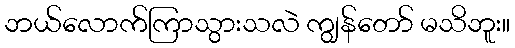
ဘယ်လောက်ကြာသွားသလဲ ကျွန်တော် မသိဘူး။